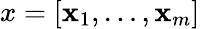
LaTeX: x=[{\textbf x}_{1},\ldots,{\textbf x}_{m}]